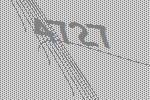
4727